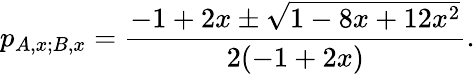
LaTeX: p_{{A,x};{B,x}}=\frac{-1+2x\pm\sqrt{1-8x+12x^{2}}}{2(-1+2x)}.